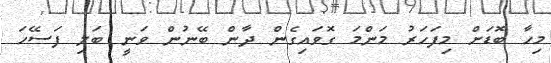
މިހާ ބޮޑަށް މިފަހަރު މަންމަ ގޮވައިގެން ދާން ބޭނުން ވަނީ ބަލި ފަސޭހަ